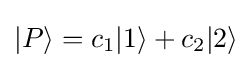
|P\rangle =c_{1}|1\rangle +c_{2}|2\rangle